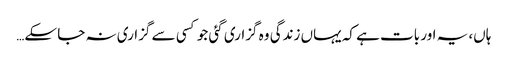
ہاں، یہ اور بات ہے کہ یہاں زندگی وہ گزاری گئی جو کسی سے گزاری نہ جا سکے…